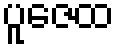
ပူဇေထ